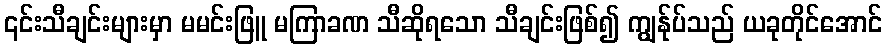
၎င်းသီချင်းများမှာ မမင်းဖြူ မကြာခဏ သီဆိုရသော သီချင်းဖြစ်၍ ကျွန်ုပ်သည် ယခုတိုင်အောင်